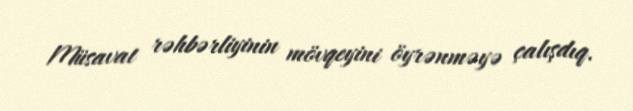
Müsavat rəhbərliyinin mövqeyini öyrənməyə çalışdıq.